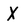
Character: X